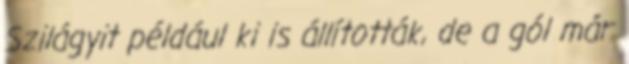
Szilágyit például ki is állították, de a gól már